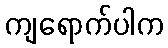
ကျရောက်ပါက